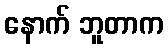
နောက် ဘူတာက